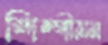
শিল্পীমন